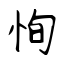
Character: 恂